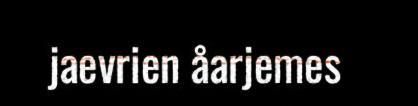
jaevrien åarjemes